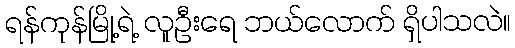
ရန်ကုန်မြို့ရဲ့ လူဦးရေ ဘယ်လောက် ရှိပါသလဲ။